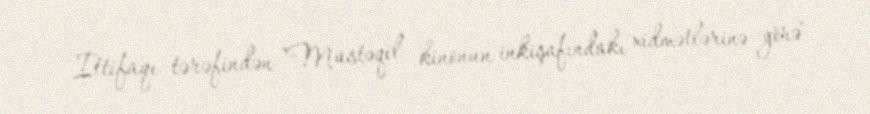
İttifaqı tərəfindən "Müstəqil kinonun inkişafındakı xidmətlərinə görə"